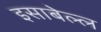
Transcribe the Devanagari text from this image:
इसाबेल्ल